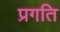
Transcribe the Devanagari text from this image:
प्रगति